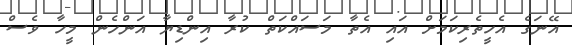
އޭނަގެ އެހީތެރިކަމަށް އައި އެތާ މަސައްކަތް ކުރާ އިންޑިޔާ އަންހެން މީހާ ވެސް